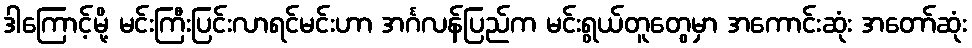
ဒါကြောင့်မို့ မင်းကြီးပြင်းလာရင်မင်းဟာ အင်္ဂလန်ပြည်က မင်းရွယ်တူတွေမှာ အကောင်းဆုံး အတော်ဆုံး